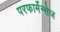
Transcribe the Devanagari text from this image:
परफार्मेन्सेज